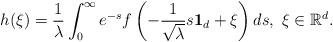
LaTeX: \begin{align*}h(\xi)=\frac{1}{\lambda}\int_0^\infty e^{-s}f\left(-\frac{1}{\sqrt{\lambda}}s\mathbf{1}_d+\xi\right)ds,\ \xi\in\mathbb{R}^d.\end{align*}